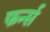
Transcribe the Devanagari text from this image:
फर्न्स